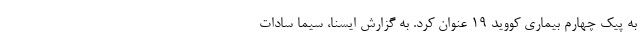
به پیک چهارم بیماری کووید ۱۹ عنوان کرد. به گزارش ایسنا، سیما سادات